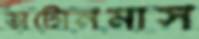
অটোনমাস